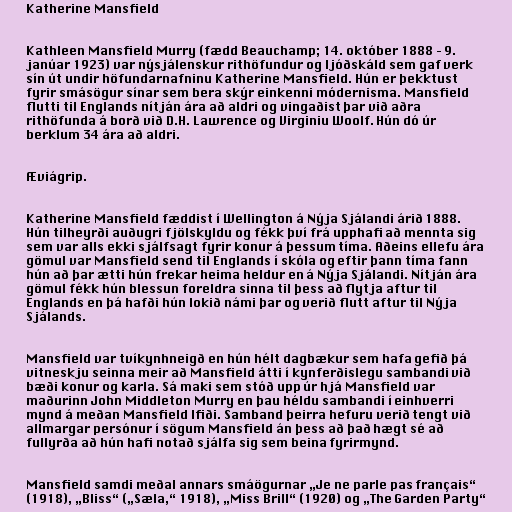
Katherine Mansfield

Kathleen Mansfield Murry (fædd Beauchamp; 14. október 1888 – 9.
janúar 1923) var nýsjálenskur rithöfundur og ljóðskáld sem gaf verk
sín út undir höfundarnafninu Katherine Mansfield. Hún er þekktust
fyrir smásögur sínar sem bera skýr einkenni módernisma. Mansfield
flutti til Englands nítján ára að aldri og vingaðist þar við aðra
rithöfunda á borð við D.H. Lawrence og Virginiu Woolf. Hún dó úr
berklum 34 ára að aldri.

Æviágrip.

Katherine Mansfield fæddist í Wellington á Nýja Sjálandi árið 1888.
Hún tilheyrði auðugri fjölskyldu og fékk því frá upphafi að mennta sig
sem var alls ekki sjálfsagt fyrir konur á þessum tíma. Aðeins ellefu ára
gömul var Mansfield send til Englands í skóla og eftir þann tíma fann
hún að þar ætti hún frekar heima heldur en á Nýja Sjálandi. Nítján ára
gömul fékk hún blessun foreldra sinna til þess að flytja aftur til
Englands en þá hafði hún lokið námi þar og verið flutt aftur til Nýja
Sjálands.

Mansfield var tvíkynhneigð en hún hélt dagbækur sem hafa gefið þá
vitneskju seinna meir að Mansfield átti í kynferðislegu sambandi við
bæði konur og karla. Sá maki sem stóð upp úr hjá Mansfield var
maðurinn John Middleton Murry en þau héldu sambandi í einhverri
mynd á meðan Mansfield lfiði. Samband þeirra hefuru verið tengt við
allmargar persónur í sögum Mansfield án þess að það hægt sé að
fullyrða að hún hafi notað sjálfa sig sem beina fyrirmynd.

Mansfield samdi meðal annars smáögurnar „Je ne parle pas français“
(1918), „Bliss“ („Sæla,“ 1918), „Miss Brill“ (1920) og „The Garden Party“